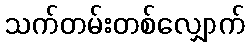
သက်တမ်းတစ်လျှောက်